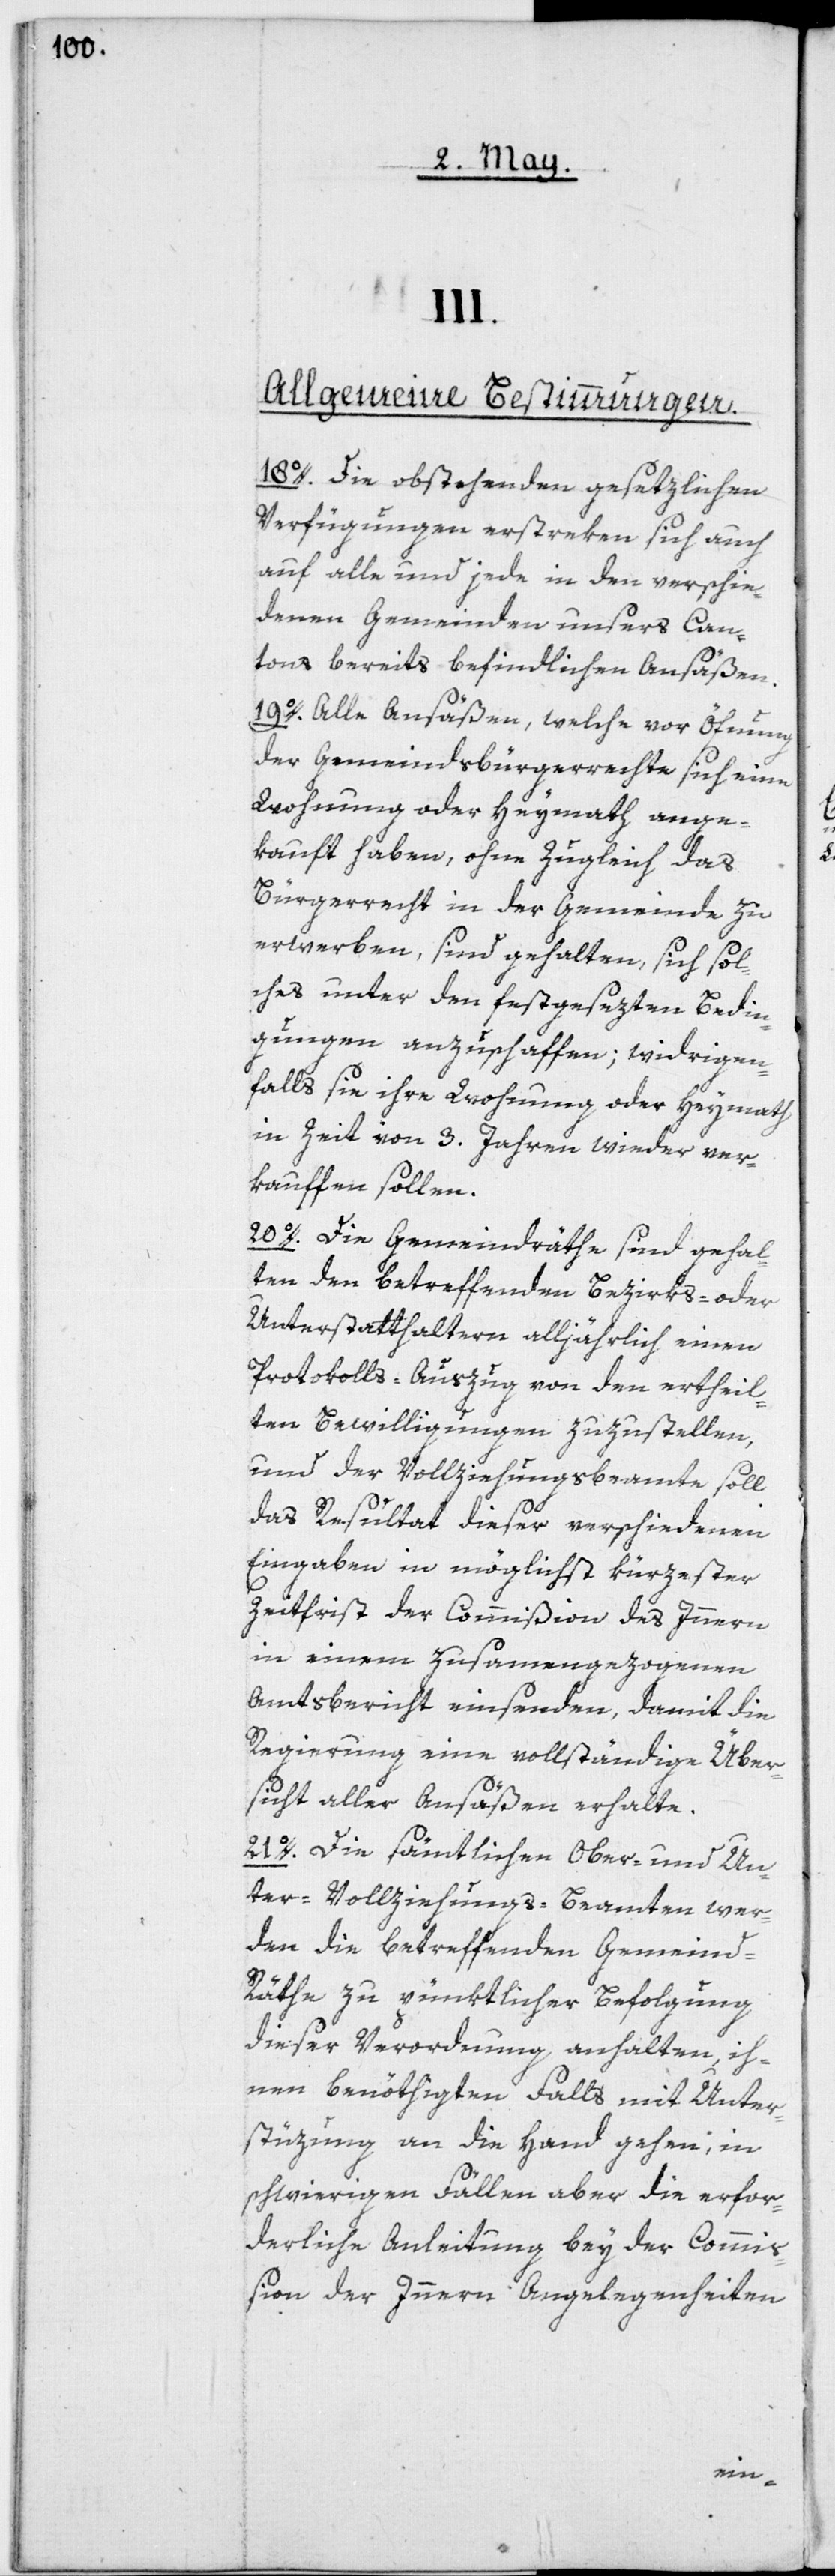
III.
Allgemeine Bestimmungen.
18o. Die obstehenden gesezlichen
Verfügungen erstreken sich auch
auf alle und jede in den verschie¬
denen Gemeinden unsers Can¬
tons bereits befindlichen Ansäßen.
19o. Alle Ansäßen, welche vor Öfnung
der Gemeindsbürgerrechte sich eine
Wohnung oder Heymath ange¬
kauft haben, ohne zugleich das
Bürgerrecht in der Gemeinde zu
erwerben, sind gehalten, sich sol¬
ches unter den festgesezten Bedin¬
gungen anzuschaffen; widrigen¬
falls sie ihre Wohnung oder Heymath
in Zeit von 3. Jahren wieder ver¬
kauffen sollen.
20o. Die Gemeindräthe sind gehal¬
ten, den betreffenden Bezirks- oder
Unterstatthaltern alljährlich einen
Protokolls-Auszug von den ertheil¬
ten Bewilligungen zuzustellen,
und der Vollziehungsbeamte soll
das Resultat dieser verschiedenen
Eingaben in möglichst kürzester
Zeitfrist der Commißion des Innern
in einem zusammengezogenen
Amtsbericht einsenden, damit die
Regierung eine vollständige Über¬
sicht aller Ansäßen erhalte.
21o. Die sämtlichen Ober- und Un¬
ter-Vollziehungs-Beamten wer¬
den die betreffenden Gemeind-R¬
äthe zu pünktlicher Befolgung
dieser Verordnung anhalten, ih¬
nen benöthigten Falls mit Unter¬
stüzung an die Hand gehen, in
schwierigen Fällen aber die erfor¬
derliche Anleitung bey der Commi¬
ßion der Innern Angelegenheiten